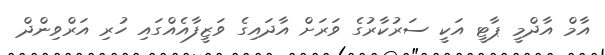
އާމް އާދްމީ ޕާޓީ އަކީ ސަރުކާރުގެ ވަރަށް އާދައިގެ ވަޒީފާއެއްގައި ހުރި އަރްވިންދް